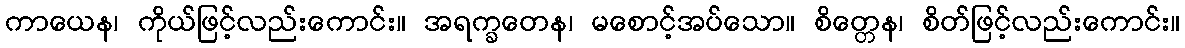
ကာယေန၊ ကိုယ်ဖြင့်လည်းကောင်း။ အရက္ခတေန၊ မစောင့်အပ်သော။ စိတ္တေန၊ စိတ်ဖြင့်လည်းကောင်း။